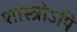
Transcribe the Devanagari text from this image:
शास्त्रोऽपि